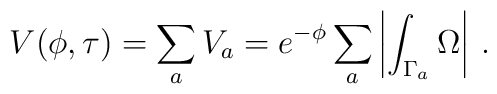
V(\phi,\tau) = \sum_a V_a = e^{- \phi} \sum_a \left|\int_{\Gamma_a} \Omega\right|  \,.